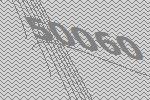
50060